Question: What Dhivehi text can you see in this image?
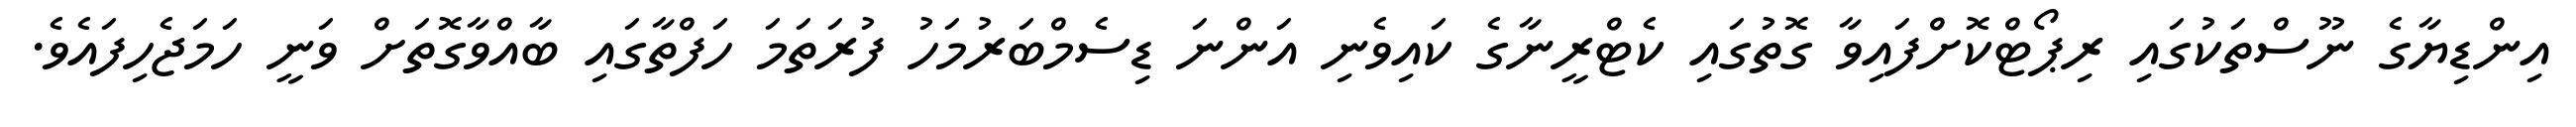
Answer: އިންޑިޔާގެ ނޫސްތަކުގައި ރިޕޯޓްކޮށްފައިވާ ގޮތުގައި ކެޓްރީނާގެ ކައިވެނި އަންނަ ޑިސެމްބަރުމަހު ފުރަތަމަ ހަފްތާގައި ބާއްވާގޮތަށް ވަނީ ހަމަޖެހިފައެވެ.